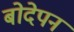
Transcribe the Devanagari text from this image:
बोदेपन